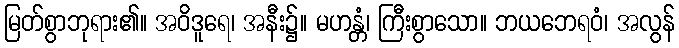
မြတ်စွာဘုရား၏။ အဝိဒူရေ၊ အနီး၌။ မဟန္တံ၊ ကြီးစွာသော။ ဘယဘေရဝံ၊ အလွန်